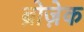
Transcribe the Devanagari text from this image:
ब्रोज़ेक